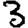
Digit: 3